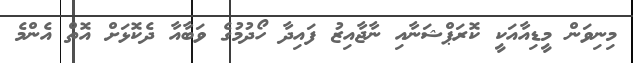
މިނިވަން މީޑިއާއަކީ ކޮރަޕްޝަނާއި ނާޖާއިޒު ފައިދާ ހޯދުމުގެ ވަބާއާ ދެކޮޅަށް އޮތް އެންމެ